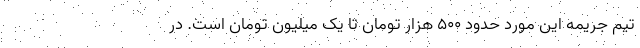
تیم جریمه این مورد حدود ۵۰۰ هزار تومان تا یک میلیون تومان است. در